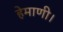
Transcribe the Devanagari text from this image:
हेमाणी।